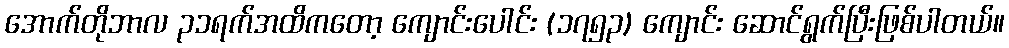
အောက်တိုဘာလ ၃၁ရက်အထိကတော့ ကျောင်းပေါင်း (၁၇၅၃) ကျောင်း ဆောင်ရွက်ပြီးဖြစ်ပါတယ်။